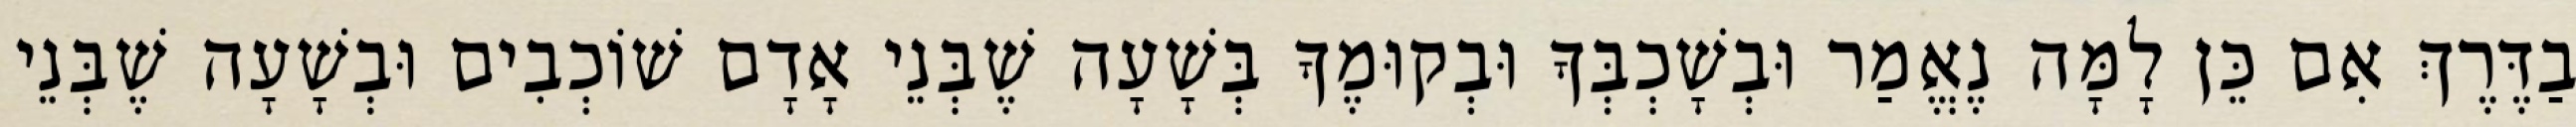
בַדֶּרֶךְ אִם כֵּן לָמָּה נֶאֱמַר וּבְשָׁכְבְּךָ וּבְקוּמֶךָ בְּשָׁעָה שֶׁבְּנֵי אָדָם שׁוֹכְבִים וּבְשָׁעָה שֶׁבְּנֵי